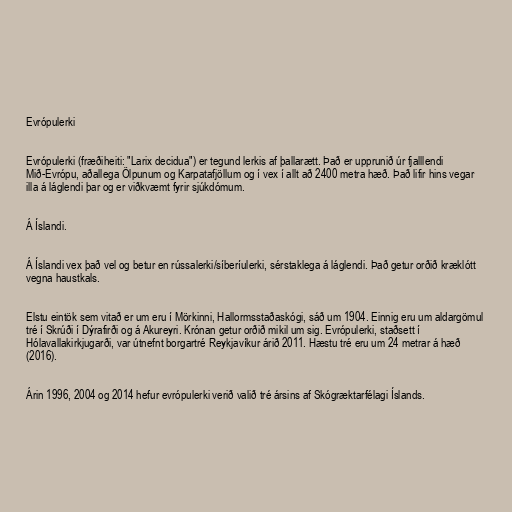
Evrópulerki

Evrópulerki (fræðiheiti: "Larix decidua") er tegund lerkis af þallarætt. Það er upprunið úr fjalllendi
Mið-Evrópu, aðallega Ölpunum og Karpatafjöllum og í vex í allt að 2400 metra hæð. Það lifir hins vegar
illa á láglendi þar og er viðkvæmt fyrir sjúkdómum.

Á Íslandi.

Á Íslandi vex það vel og betur en rússalerki/síberíulerki, sérstaklega á láglendi. Það getur orðið kræklótt
vegna haustkals.

Elstu eintök sem vitað er um eru í Mörkinni, Hallormsstaðaskógi, sáð um 1904. Einnig eru um aldargömul
tré í Skrúði í Dýrafirði og á Akureyri. Krónan getur orðið mikil um sig. Evrópulerki, staðsett í
Hólavallakirkjugarði, var útnefnt borgartré Reykjavíkur árið 2011. Hæstu tré eru um 24 metrar á hæð
(2016).

Árin 1996, 2004 og 2014 hefur evrópulerki verið valið tré ársins af Skógræktarfélagi Íslands.